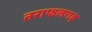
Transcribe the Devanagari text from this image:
तराफलगढ़